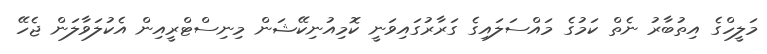
މަލީހްގެ އިތުބާރު ނެތް ކަމުގެ މައްސަލައިގެ ގަރާރުގައިވަނީ ކޮމިއުނިކޭޝަން މިނިސްޓްރީއިން އެކުލަވާލަން ޖެހޭ